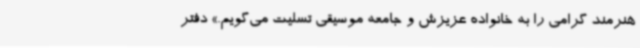
هنرمند گرامی را به خانواده عزیزش و جامعه موسیقی تسلیت می‌گویم.» دفتر